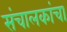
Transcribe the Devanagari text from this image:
संचालकांचा